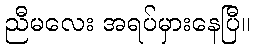
ညီမလေး အရပ်မှားနေပြီ။